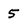
Character: 5